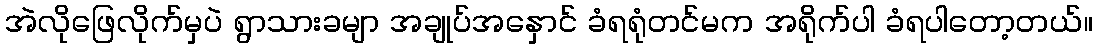
အဲလိုဖြေလိုက်မှပဲ ရွာသားခမျာ အချုပ်အနှောင် ခံရရုံတင်မက အရိုက်ပါ ခံရပါတော့တယ်။